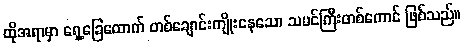
ထိုအရာမှာ ရှေ့ခြေထောက် တစ်ချောင်းကျိုးနေသော သမင်ကြီးတစ်ကောင် ဖြစ်သည်။